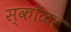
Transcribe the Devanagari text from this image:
स्कॉळर